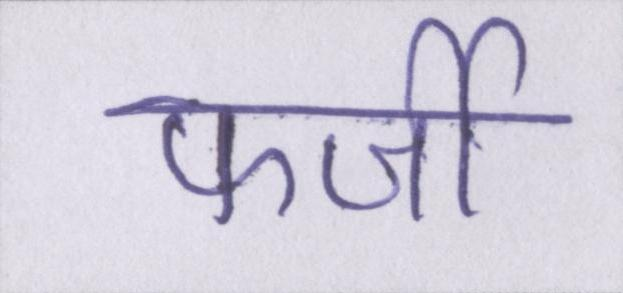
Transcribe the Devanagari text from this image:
फर्जी